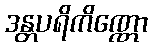
ဒန္တပရိကိဏ္ဏော